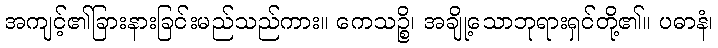
အကျင့်၏ခြားနားခြင်းမည်သည်ကား။ ကေသဉ္စိ၊ အချို့သောဘုရားရှင်တို့၏။ ပဓာနံ၊